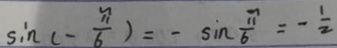
\sin ( - \frac { \pi } { 6 } ) = - \sin \frac { \pi } { 6 } = - \frac { 1 } { 2 }